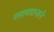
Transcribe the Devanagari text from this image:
पसायदानाने